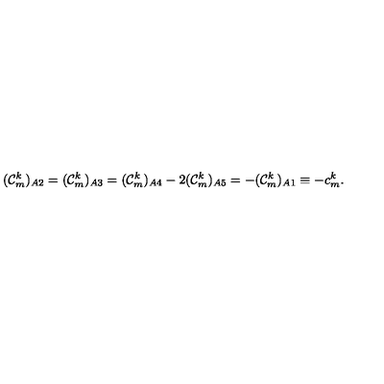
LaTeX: ( { \cal C } _ { m } ^ { k } ) _ { A 2 } = ( { \cal C } _ { m } ^ { k } ) _ { A 3 } = ( { \cal C } _ { m } ^ { k } ) _ { A 4 } - 2 ( { \cal C } _ { m } ^ { k } ) _ { A 5 } = - ( { \cal C } _ { m } ^ { k } ) _ { A 1 } \equiv - c _ { m } ^ { k } .